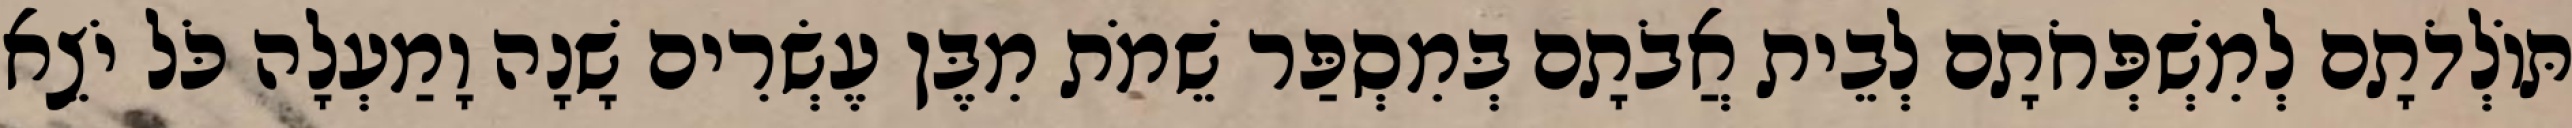
תּוֹלְדֹתָם לְמִשְׁפְּחֹתָם לְבֵית אֲבֹתָם בְּמִסְפַּר שֵׁמֹת מִבֶּן עֶשְׂרִים שָׁנָה וָמַעְלָה כֹּל יֹצֵא